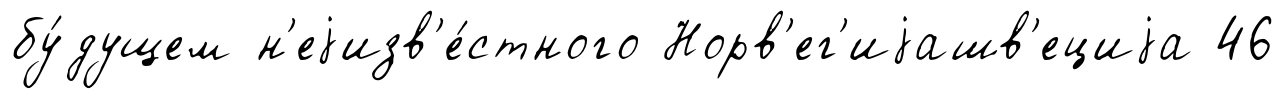
бу́дущем н'еjизв'е́стного Норв'ег'иjашв'ециjа 46